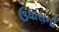
ઉધાસની